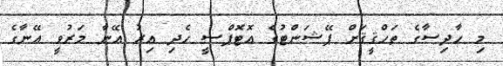
މި ހާދިސާގެ ތަހްޤީޤަށް ޕޭޝަންޓުގެ އޮޓޮޕްސީ ހެދި އިރު އޭނާ މަރުވީ އޭނާގެ